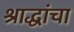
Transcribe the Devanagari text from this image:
श्राद्धांचा